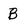
Character: B